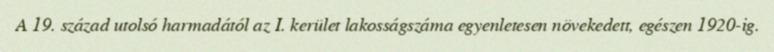
A 19. század utolsó harmadától az I. kerület lakosságszáma egyenletesen növekedett, egészen 1920-ig.